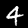
Label: 4